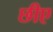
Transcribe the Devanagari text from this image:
छीए